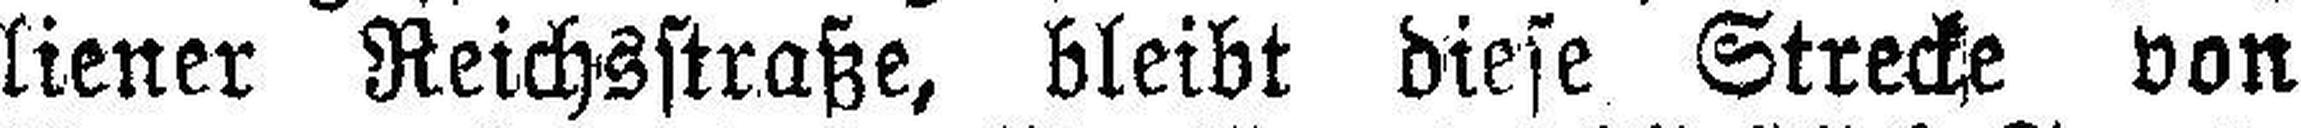
liener Reichsstraße, bleibt diese Strecke von